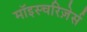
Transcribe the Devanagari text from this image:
मॉइस्चरिज़ेर्स